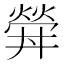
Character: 𤍧